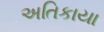
અતિકાયા